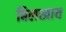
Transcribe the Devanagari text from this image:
बिलखाय